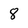
Character: 8